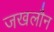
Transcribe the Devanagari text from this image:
जखलौन